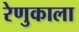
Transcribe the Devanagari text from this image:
रेणुकाला